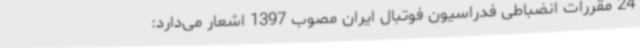
24 مقررات انضباطی فدراسیون فوتبال ایران مصوب 1397 اشعار می‌دارد: